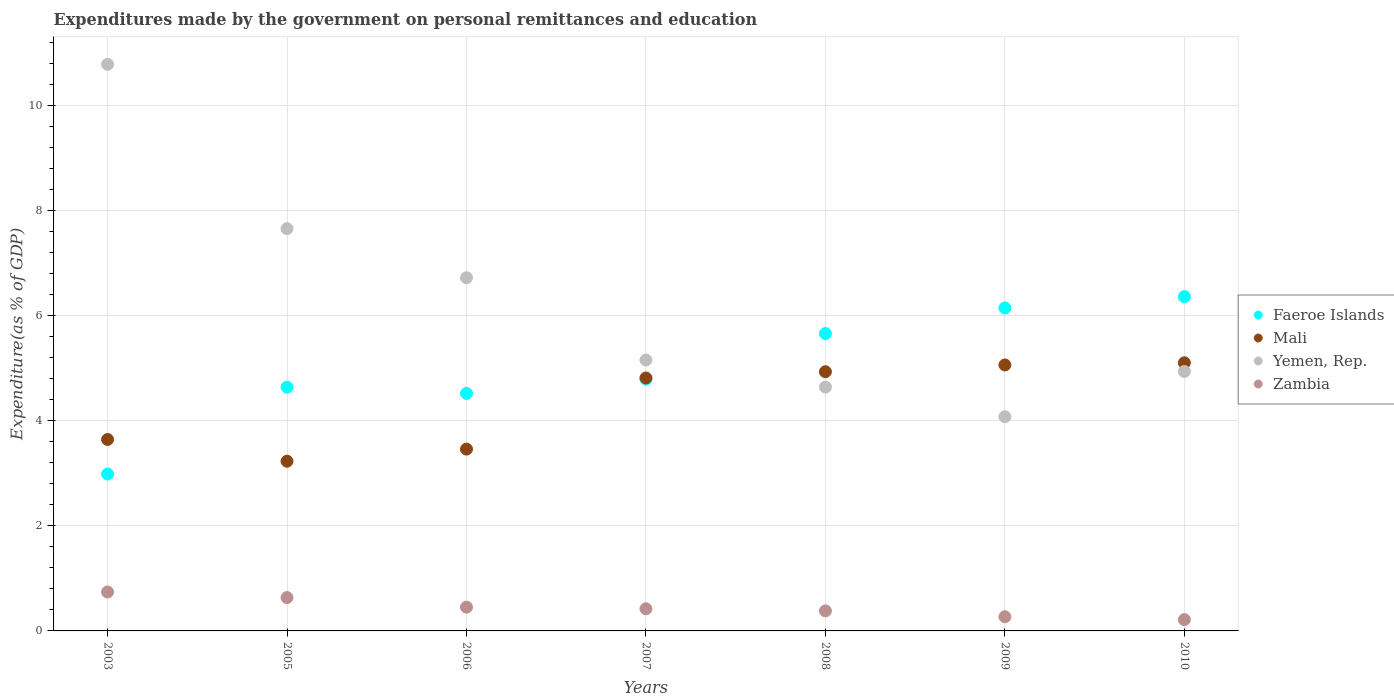
| Years | Faeroe Islands | Mali | Yemen, Rep. | Zambia |
 | --- | --- | --- | --- | --- |
 | 2003 | 2.98 | 3.64 | 10.8 | 0.741 |
 | 2005 | 4.64 | 3.23 | 7.66 | 0.635 |
 | 2006 | 4.52 | 3.46 | 6.72 | 0.452 |
 | 2007 | 4.79 | 4.81 | 5.16 | 0.422 |
 | 2008 | 5.66 | 4.93 | 4.64 | 0.381 |
 | 2009 | 6.15 | 5.06 | 4.08 | 0.269 |
 | 2010 | 6.36 | 5.1 | 4.94 | 0.215 |